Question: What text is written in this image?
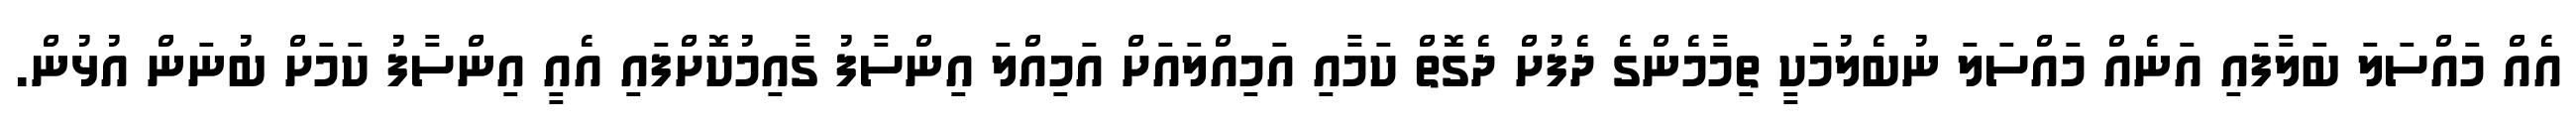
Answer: އެއް މައްސަލަ ބަލާފައި އަނެއް މައްސަލަ ނުބެލުމަކީ ތިމާމެންގެ ދެފުށް ދެގޮތް ކަމާއި އަމިއްލައަށް އަމިއްލަ އިންސާފު ގާއިމުކޮށްފައި އެއީ އިންސާފު ކަމަށް ބުނަން އުޅުން.